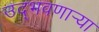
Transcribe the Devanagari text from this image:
उद्‌भवणार्‍या